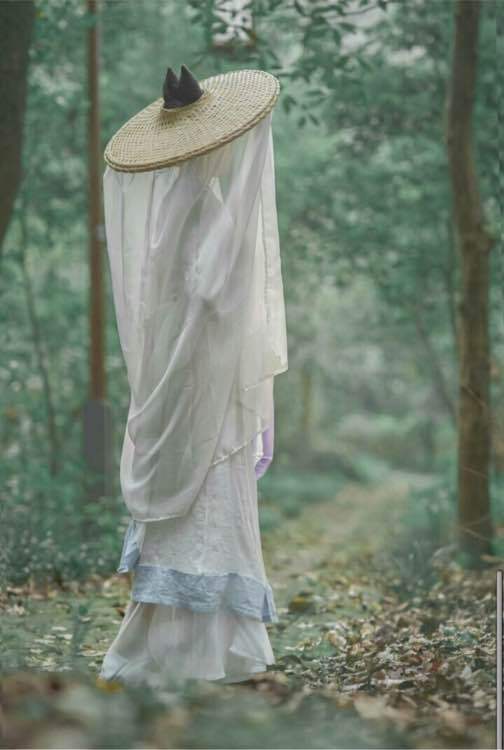
摘青梅荐酒，甚残寒，犹怯苎萝衣。